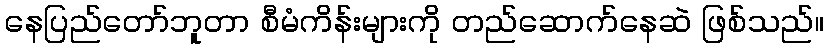
နေပြည်တော်ဘူတာ စီမံကိန်းများကို တည်ဆောက်နေဆဲ ဖြစ်သည်။